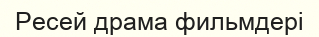
Ресей драма фильмдері